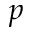
p